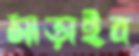
মাড়াইব